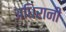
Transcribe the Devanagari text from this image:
अधिरानी